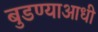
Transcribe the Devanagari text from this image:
बुडण्याआधी